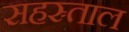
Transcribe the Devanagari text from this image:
सहस्र्ताल